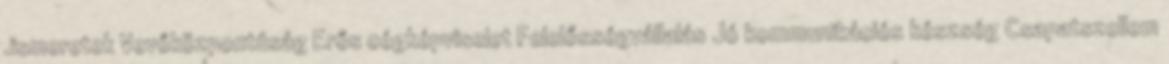
.ismeretek Vevőközpontúság Erős cégképviselet Felelősségvállalás Jó kommunikációs készség Csapatszellem